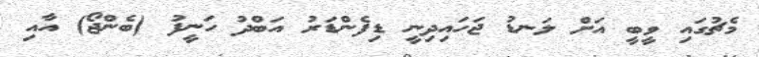
މެޗުގައި ވީބީ އަށް ލަނޑު ޖަހައިދިނީ ޑިފެންޑަރު އަބްދު ހަނީފު (ބެންޖޯ) އާއި